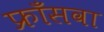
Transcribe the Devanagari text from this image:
फ्राँसवा